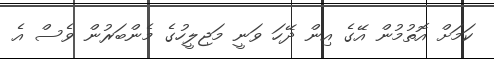
ކަމަށް އޮތުމުން އޭގެ އިން ދޭހަ ވަނީ މަޖިލީހުގެ މެންބަރުން ވެސް އެ